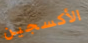
الأكسجين